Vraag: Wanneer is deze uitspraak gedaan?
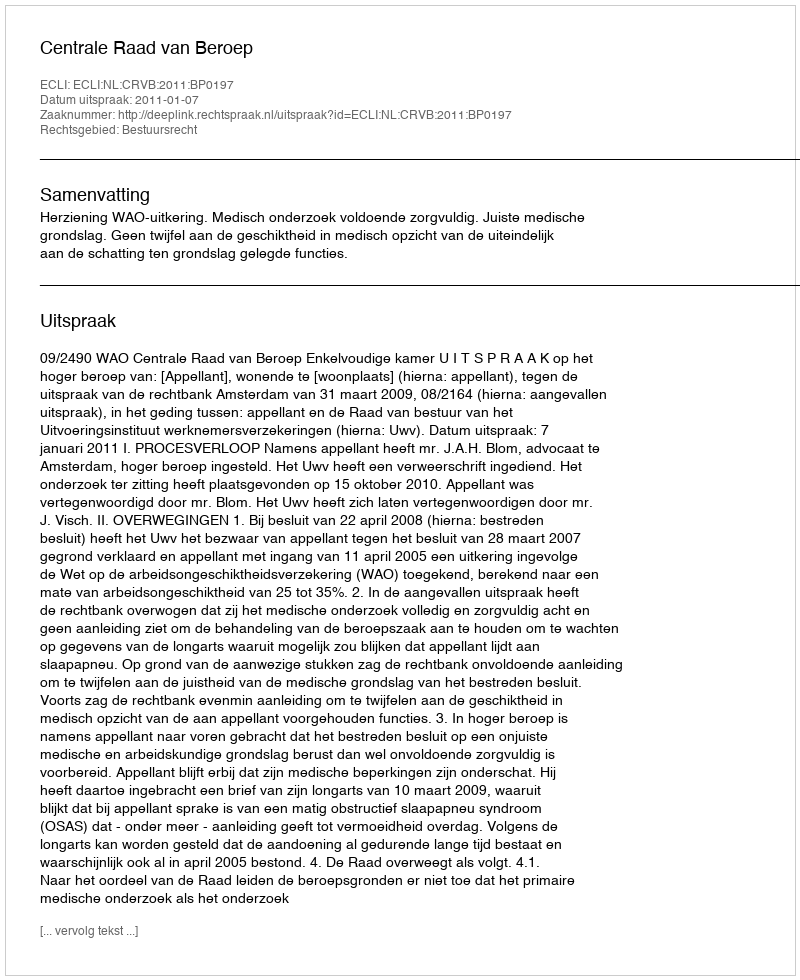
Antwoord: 2011-01-07